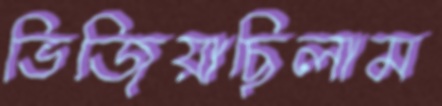
ভিজিয়াছিলাম